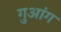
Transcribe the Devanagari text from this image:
गुआंग